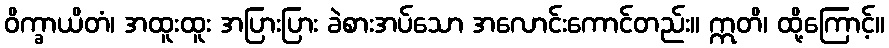
ဝိက္ခာယိတံ၊ အထူးထူး အပြားပြား ခဲစားအပ်သော အလောင်းကောင်တည်း။ ဣတိ၊ ထို့ကြောင့်။